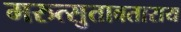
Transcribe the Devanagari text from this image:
मरुत्सुतावताराय